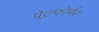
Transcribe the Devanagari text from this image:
प्लेटफोर्मर